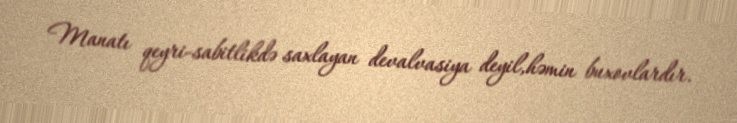
Manatı qeyri-sabitlikdə saxlayan devalvasiya deyil,həmin buxovlardır.